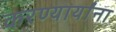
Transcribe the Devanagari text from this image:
करण्यार्यांना